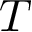
T